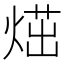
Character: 𤋿